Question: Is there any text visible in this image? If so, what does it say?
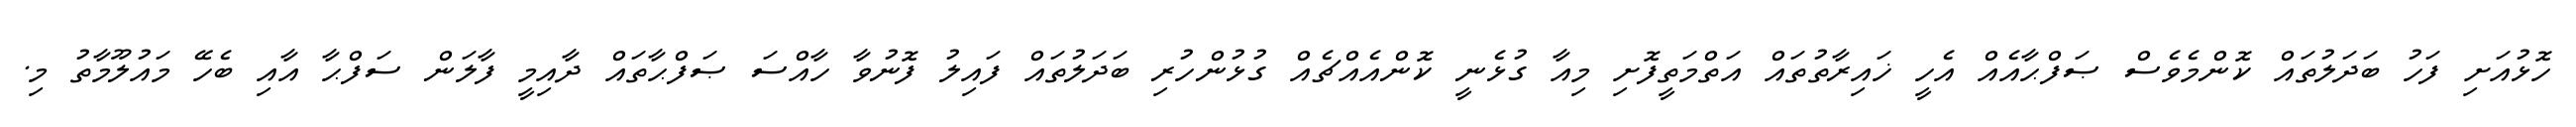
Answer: ހޮޅުއަށި ފަހު ބަދަލުތައް ކޮންމެވެސް ޞަފްޙާއެއް އެހީ ޚައިރާތުތައް އަތްމަތީފޮށި މިއާ ގުޅެނީ ކޮންއެއްޗެއް ގުޅުންހުރި ބަދަލުތައް ފައިލު ފޮނުވާ ހާއްސަ ޞަފްޙާތައް ދާއިމީ ފާލަން ސަފްޙާ އާއި ބެހޭ މައުލޫމާތު މި.